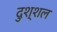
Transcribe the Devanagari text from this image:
दुश्शल